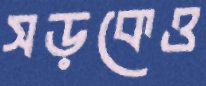
সড়কেও